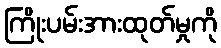
ကြိုးပမ်းအားထုတ်မှုကို